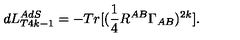
d L _ { T 4 k - 1 } ^ { A d S } = - T r [ ( \frac { 1 } { 4 } R ^ { A B } \Gamma _ { A B } ) ^ { 2 k } ] .